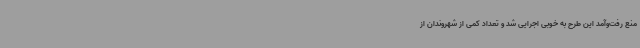
منع رفت‌وآمد این طرح به‌ خوبی اجرایی شد و تعداد کمی از شهروندان از